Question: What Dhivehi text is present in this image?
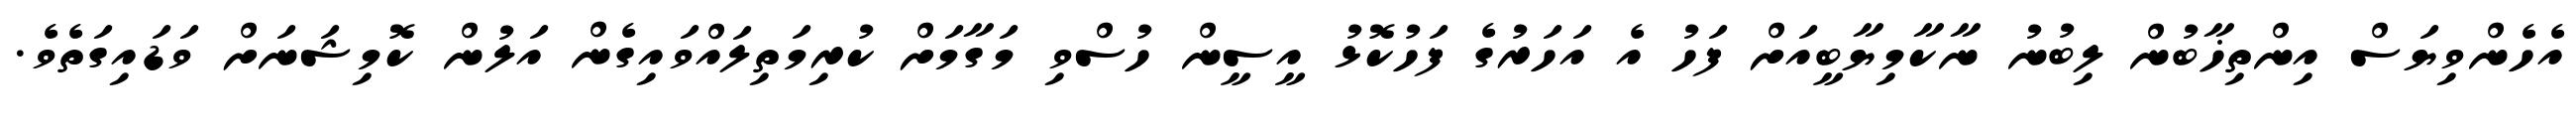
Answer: އެހެންވިޔަސް އިންތިޚާބުން ލިބުނު ނާކާމިޔާބީއަށް ފަހު އެ އަހަރުގެ ފަހުކޮޅު އީސީން ހުސްވި މަގާމަށް ކުރިމަތިލައްވައިގެން އަލުން ކޮމިޝަނަށް ވަޑައިގަތެވެ.